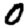
Digit: 0